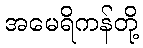
အမေရိကန်တို့